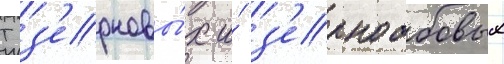
Т з'ерновы́х и́ з'ернобобовых